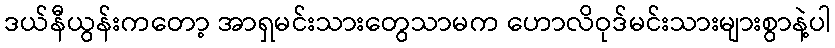
ဒယ်နီယွန်းကတော့ အာရှမင်းသားတွေသာမက ဟောလိဝုဒ်မင်းသားများစွာနဲ့ပါ